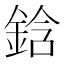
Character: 鋡